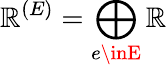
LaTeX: \mathbb{R}^{(E)}=\bigoplus_{e\inE}\mathbb{R}